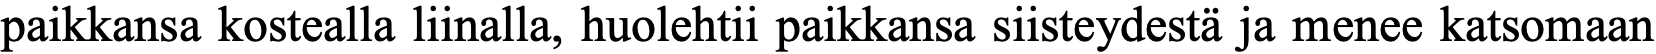
paikkansa kostealla liinalla, huolehtii paikkansa siisteydestä ja menee katsomaan